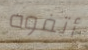
أتفوه